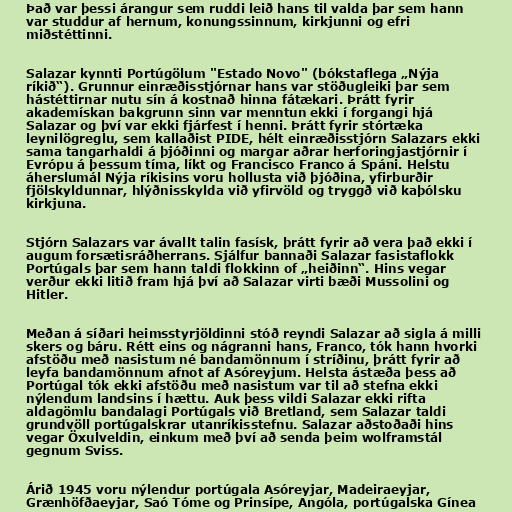
Það var þessi árangur sem ruddi leið hans til valda þar sem hann
var studdur af hernum, konungssinnum, kirkjunni og efri
miðstéttinni.

Salazar kynnti Portúgölum "Estado Novo" (bókstaflega „Nýja
ríkið“). Grunnur einræðisstjórnar hans var stöðugleiki þar sem
hástéttirnar nutu sín á kostnað hinna fátækari. Þrátt fyrir
akademískan bakgrunn sinn var menntun ekki í forgangi hjá
Salazar og því var ekki fjárfest í henni. Þrátt fyrir stórtæka
leynilögreglu, sem kallaðist PIDE, hélt einræðisstjórn Salazars ekki
sama tangarhaldi á þjóðinni og margar aðrar herforingjastjórnir í
Evrópu á þessum tíma, líkt og Francisco Franco á Spáni. Helstu
áherslumál Nýja ríkisins voru hollusta við þjóðina, yfirburðir
fjölskyldunnar, hlýðnisskylda við yfirvöld og tryggð við kaþólsku
kirkjuna.

Stjórn Salazars var ávallt talin fasísk, þrátt fyrir að vera það ekki í
augum forsætisráðherrans. Sjálfur bannaði Salazar fasistaflokk
Portúgals þar sem hann taldi flokkinn of „heiðinn“. Hins vegar
verður ekki litið fram hjá því að Salazar virti bæði Mussolini og
Hitler.

Meðan á síðari heimsstyrjöldinni stóð reyndi Salazar að sigla á milli
skers og báru. Rétt eins og nágranni hans, Franco, tók hann hvorki
afstöðu með nasistum né bandamönnum í stríðinu, þrátt fyrir að
leyfa bandamönnum afnot af Asóreyjum. Helsta ástæða þess að
Portúgal tók ekki afstöðu með nasistum var til að stefna ekki
nýlendum landsins í hættu. Auk þess vildi Salazar ekki rifta
aldagömlu bandalagi Portúgals við Bretland, sem Salazar taldi
grundvöll portúgalskrar utanríkisstefnu. Salazar aðstoðaði hins
vegar Öxulveldin, einkum með því að senda þeim wolframstál
gegnum Sviss.

Árið 1945 voru nýlendur portúgala Asóreyjar, Madeiraeyjar,
Grænhöfðaeyjar, Saó Tóme og Prinsípe, Angóla, portúgalska Gínea